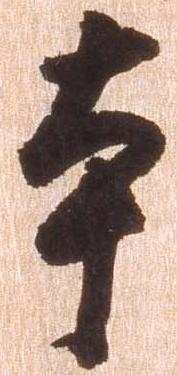
本